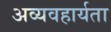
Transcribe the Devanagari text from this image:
अव्यवहार्यता